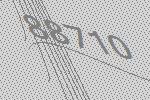
88710